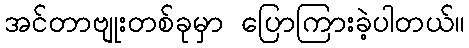
အင်တာဗျုးတစ်ခုမှာ ပြောကြားခဲ့ပါတယ်။